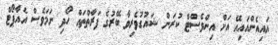
އައިއެންއައިއޭ އަށް އިންވެސްޓް ކުރަން ޝައުގުވެރިވާ ބޭރުގެ ފަރާތްތައް ހޯދި ނަމަވެސް އެއާޕޯޓް